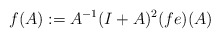
\begin{align*} f(A) := A^{-1} (I+A)^2 (fe) (A) \end{align*}